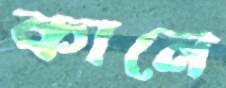
কানে